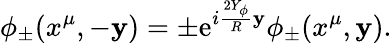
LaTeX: \phi_{\pm}(x^{\mu},-\mathbf{y})=\pm\mathrm{{e}}^{i\frac{{2Y_{\phi}}}{{R}}\mathbf{y}}\phi_{\pm}(x^{\mu},\mathbf{y}).